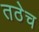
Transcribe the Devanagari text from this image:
तठेच